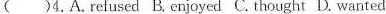
( )4.A.Refused B.Enjoyed C. Thought D. Wanted